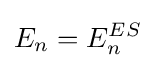
E_{n}=E_{n}^{ES}